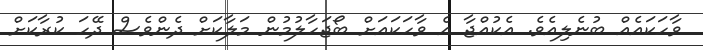
ވާހަކައެއް ބުނެލިއެވެ. އެކުއްޖާ އެ ވާހަކައަށް ބޯޖަހާލުމުން މަލާކަށް ދެންވެސް ދޭހަ ކުރާކަށް